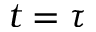
t = \tau